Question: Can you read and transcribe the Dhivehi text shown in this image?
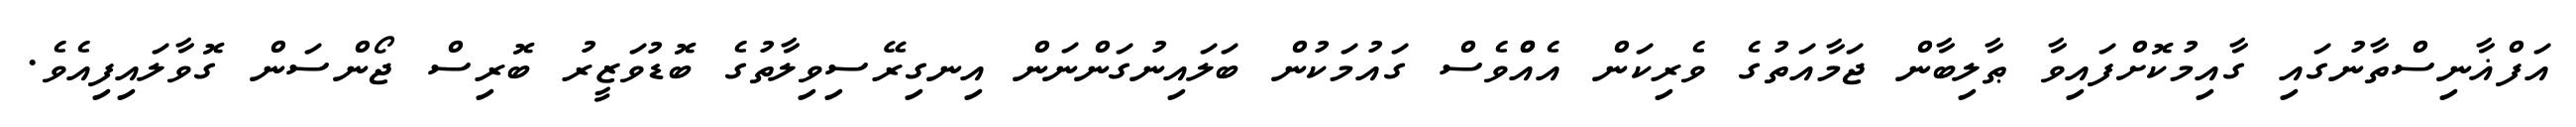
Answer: އަފްޣާނިސްތާނުގައި ގާއިމުކޮށްފައިވާ ޠާލިބާން ޖަމާއަތުގެ ވެރިކަން އެއްްވެސް ގައުމަކުން ބަލައިނުގަންނަން އިނގިރޭސިވިލާތުގެ ބޮޑުވަޒީރު ބޮރިސް ޖޯންސަން ގޮވާލައިފިއެވެ.